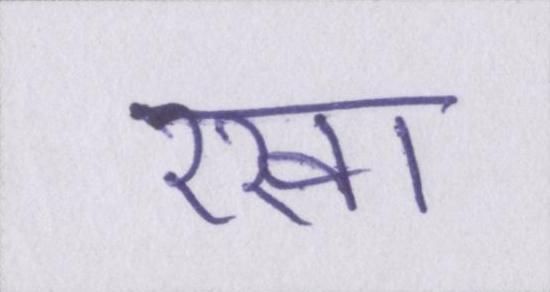
रखा